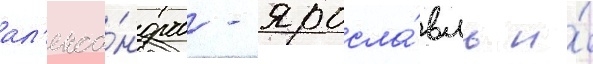
ал'екса́ндров - яросла́вль и́